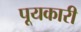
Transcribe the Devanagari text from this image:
पूयकारी